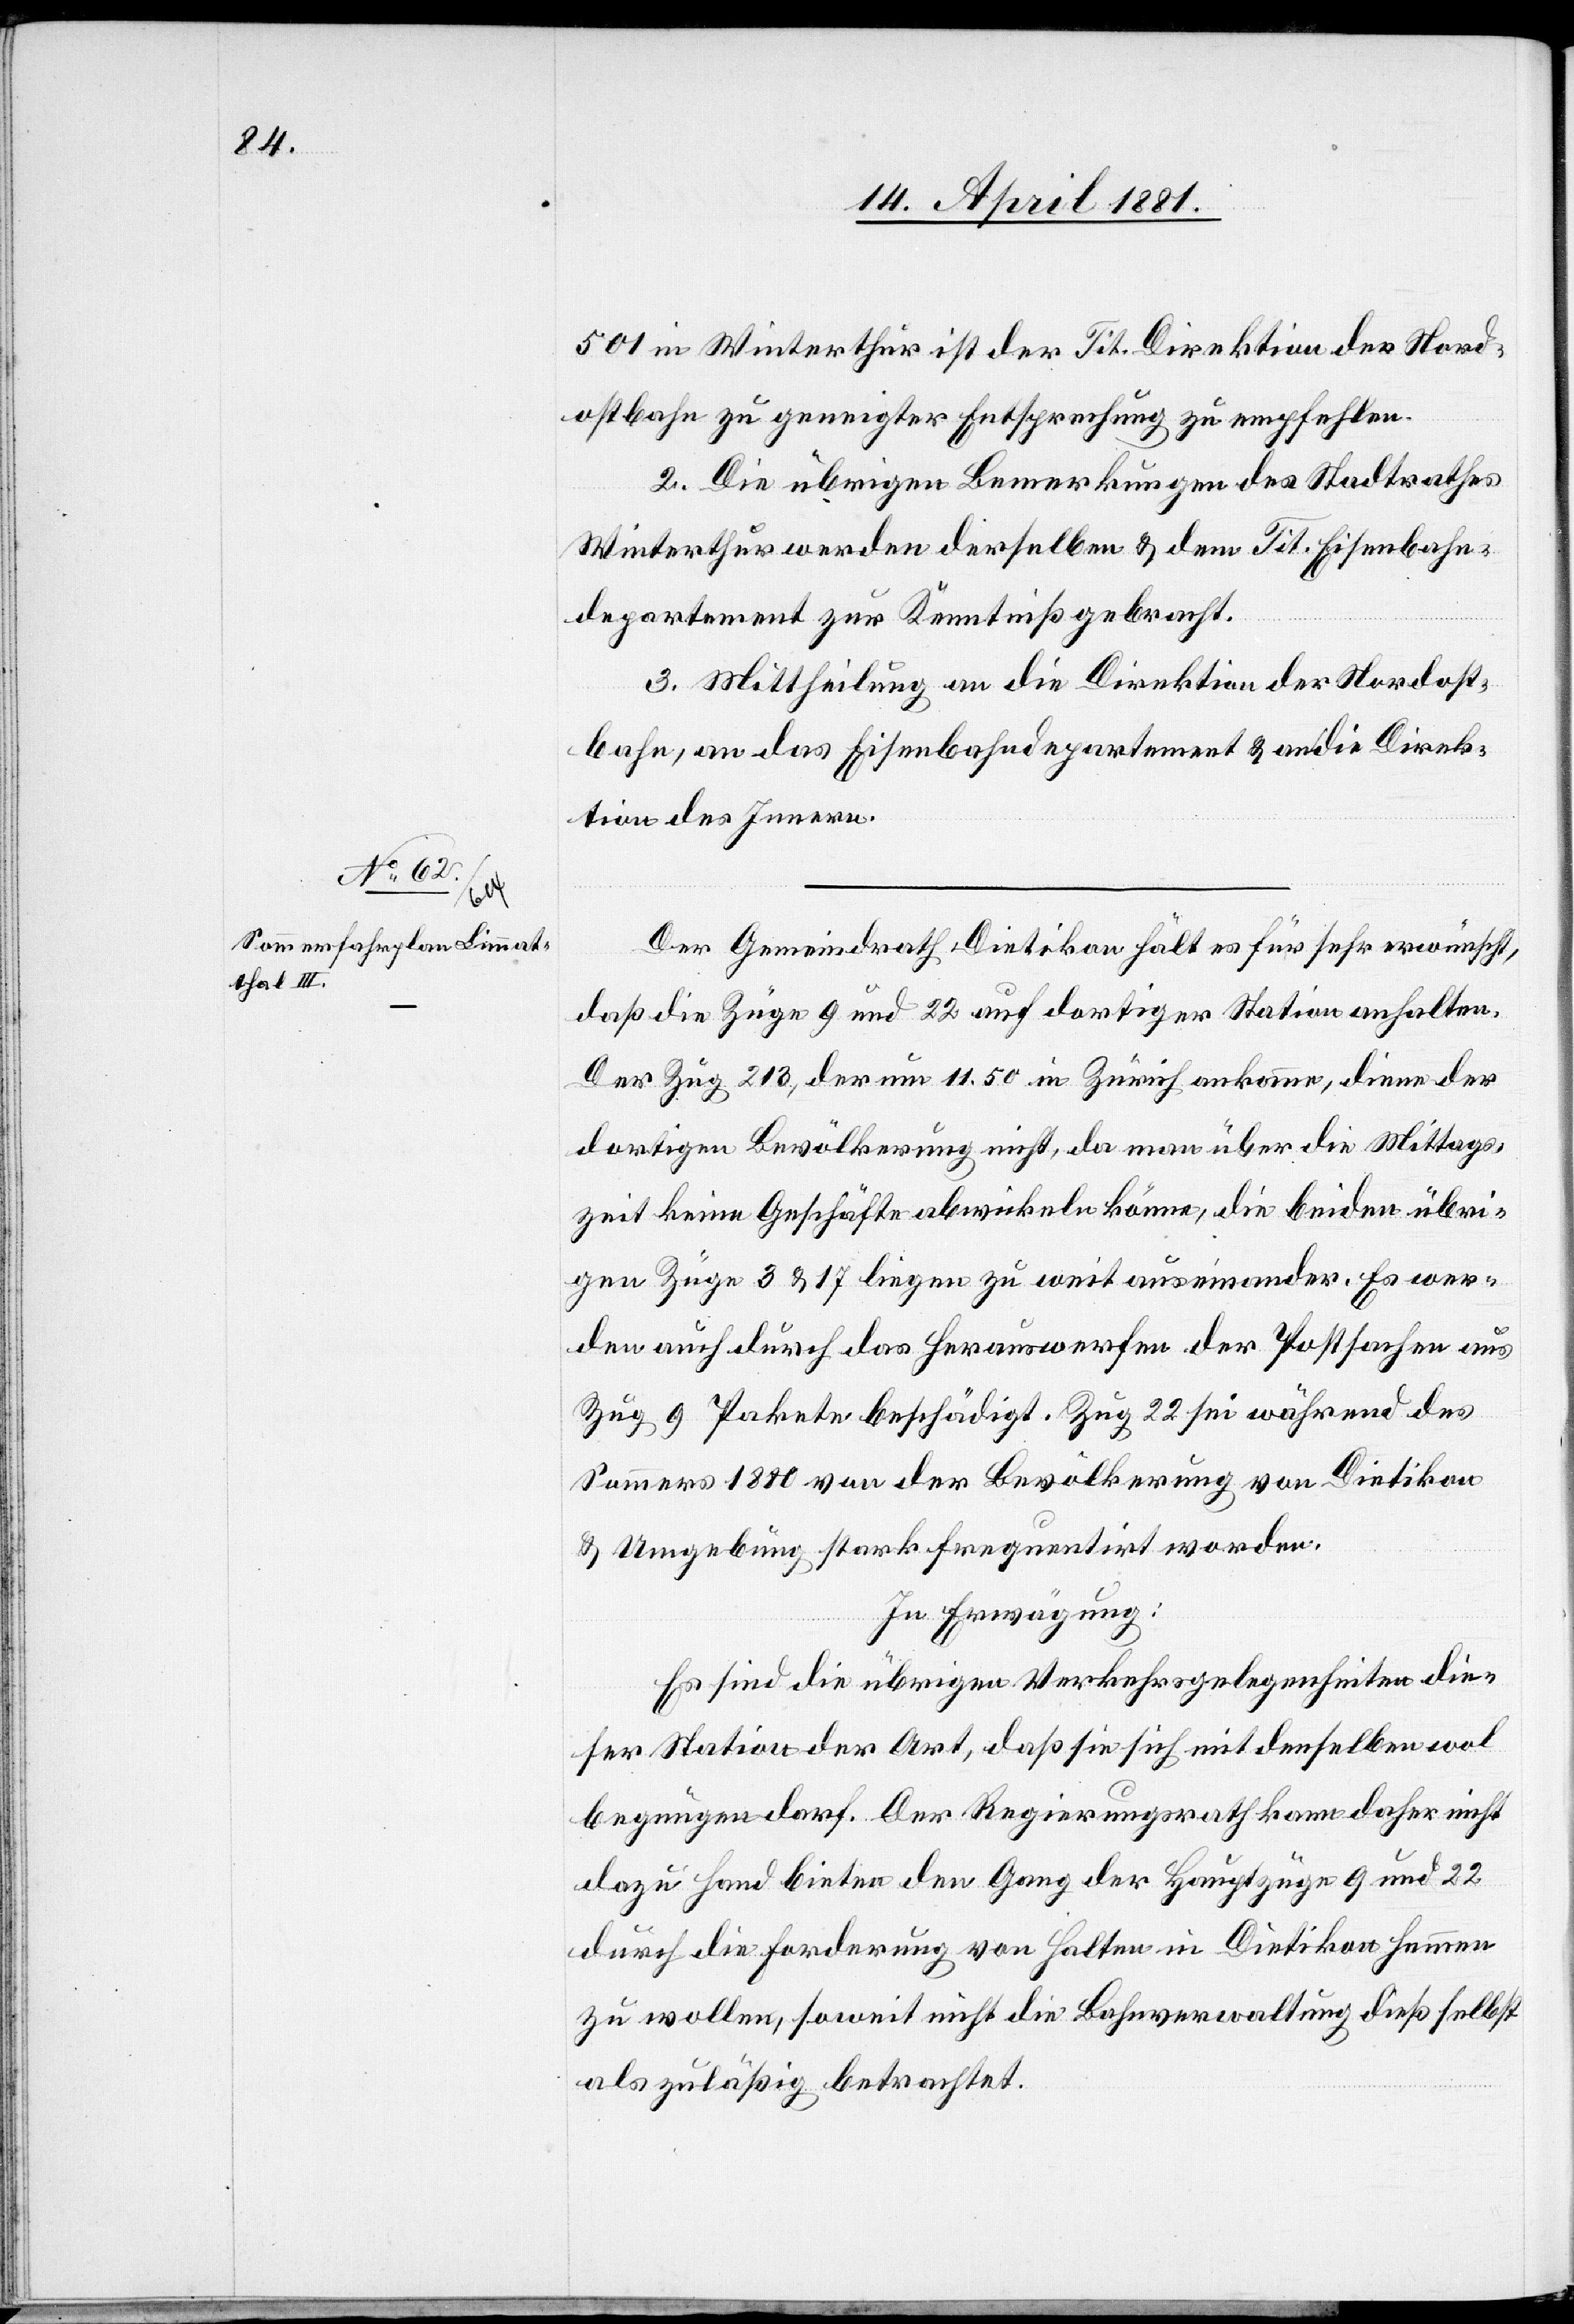
501 in Winterthur ist der Tit. Direktion der Nord¬
ostbahn zu geneigter Entsprechung zu empfehlen.
2. Die übrigen Bemerkungen des Stadtrathes
Winterthur werden derselben & dem Tit. Eisenbahn¬
departement zur Kenntniß gebracht.
3. Mittheilung an die Direktion der Nordost¬
bahn, an das Eisenbahndepartement & an die Direk¬
tion des Innern.
Der Gemeindrath Dietikon hält es für sehr erwünscht,
daß die Züge 9 und 22 auf dortiger Station anhalten.
Der Zug 213, der um 11.50 in Zürich ankomme, diene der
dortigen Bevölkerung nicht, da man über die Mittags¬
zeit keine Geschäfte abwickeln könne, die beiden übri¬
gen Züge 3 & 17 liegen zu weit auseinander. Es wer¬
den auch durch das Herauswerfen der Postsachen aus
Zug 9 Pakete beschädigt. Zug 22 sei während des
Sommers 1880 von der Bevölkerung von Dietikon
& Umgebung stark frequentirt worden.
In Erwägung:
Es sind die übrigen Verkehrsgelegenheiten die¬
ser Station der Art, daß sie sich mit denselben wol
begnügen darf. Der Regierungsrath kann daher nicht
dazu Hand bieten den Gang der Hauptzüge 9 und 22
durch die Forderung von Halten in Dietikon hemmen
zu wollen, soweit nicht die Bahnverwaltung dieß selbst
als zuläßig betrachtet.